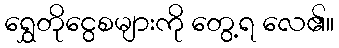
ရွှေတိုငွေစများကို တွေ့ရ လေ၏။